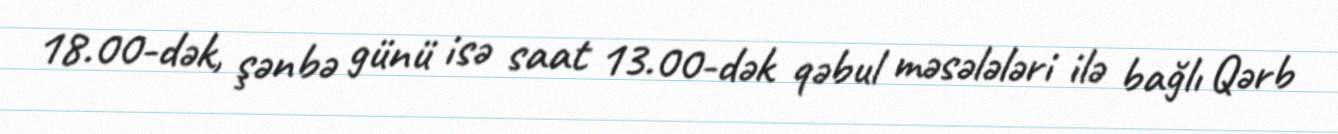
18.00-dək, şənbə günü isə saat 13.00-dək qəbul məsələləri ilə bağlı Qərb